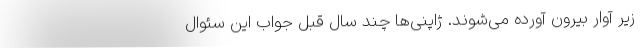
زیر آوار بیرون آورده می‌شوند. ژاپنی‌ها چند سال قبل جواب این سئوال